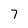
Character: 7